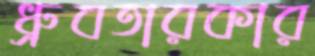
ধ্রুবতারকার